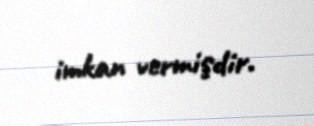
imkan vermişdir.